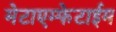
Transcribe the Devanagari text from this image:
मेटाएम्फेटाईम